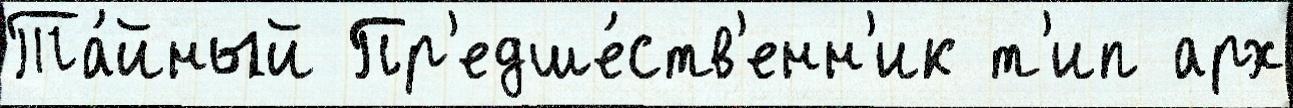
Та́йный Пр'едше́ств'енн'ик т'ип арх